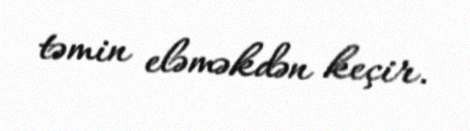
təmin eləməkdən keçir.